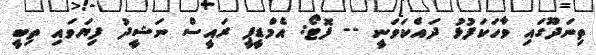
ތިނަދޫގައި ވާހަކަފުޅު ދައްކަވަނީ -- ފޮޓޯ: އެމްޑީޕީ ރައީސް ނަޝީދު ފިޔަވައި ތިބީ